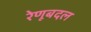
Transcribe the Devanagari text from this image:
रेणूबदल